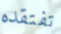
تفتقده